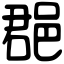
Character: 𨛦